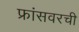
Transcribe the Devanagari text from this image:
फ्रांसवरची